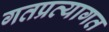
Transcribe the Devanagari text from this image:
गतप्रत्यागत